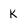
Character: K